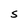
Character: S